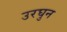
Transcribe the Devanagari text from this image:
उरघुन